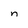
Character: n